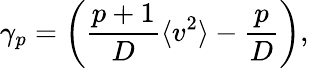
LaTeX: \gamma_{p}=\left(\frac{p+1}{D}\langle v^{2}\rangle-\frac{p}{D}\right),